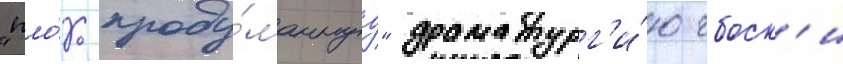
"пло́хо проду́маннуу" драматург'и́ю чбоск'и